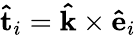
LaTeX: \mathbf{\hat{t}}_{i}=\mathbf{\hat{k}}\times\mathbf{\hat{e}}_{i}